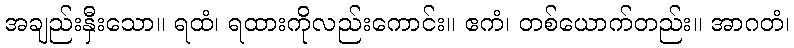
အချည်းနှီးသော။ ရထံ၊ ရထားကိုလည်းကောင်း။ ဧကံ၊ တစ်ယောက်တည်း။ အာဂတံ၊